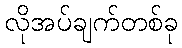
လိုအပ်ချက်တစ်ခု